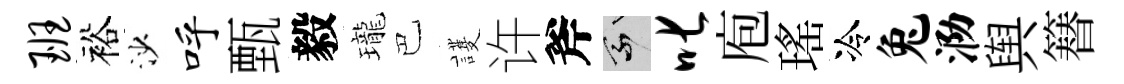
班裕沙呼甄毅瓏巴護许斧乘叱庖瑤冷兔泐舆簮